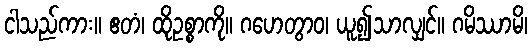
ငါသည်ကား။ ဧတံ၊ ထိုဥစ္စာကို။ ဂဟေတွာဝ၊ ယူ၍သာလျှင်။ ဂမိဿာမိ၊